Annual report of the Imperial Bacteriological Laboratory, Muktesar
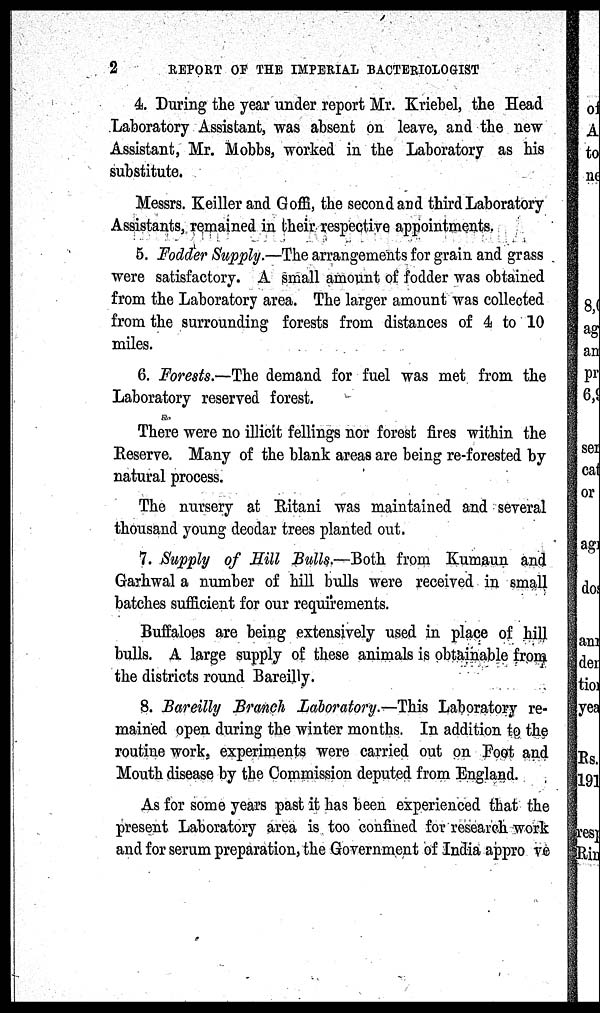
2
REPORT OF THE IMPERIAL BACTERIOLOGIST
4. During the year under report Mr. Kriebel, the Head
Laboratory Assistant, was absent on leave, and the new
Assistant, Mr. Mobbs, worked in the Laboratory as his
substitute.
Messrs. Keiller and Goffi, the second and third Laboratory
Assistants, remained in their respective appointments.
5. Fodder Supply.—The arrangements for grain and grass
were satisfactory. A small amount of fodder was obtained
from the Laboratory area. The larger amount was collected
from the surrounding forests from distances of 4 to 10
miles.
6. Forests.—The demand for fuel was met from the
Laboratory reserved forest.
There were no illicit fellings nor forest fires within the
Reserve. Many of the blank areas are being re-forested by
natural process.
The nursery at Ritani was maintained and several
thousand young deodar trees planted out.
7. Supply of Hill Bulls.—Both from Kumaun and
Garhwal a number of hill bulls were received in small
batches sufficient for our requirements.
Buffaloes are being extensively used in place of hill
bulls. A large supply of these animals is obtainable from
the districts round Bareilly.
8. Bareilly Branch Laboratory.—This Laboratory re-
mained open during the winter months. In addition to the
routine work, experiments were carried out on Foot and
Mouth disease by the Commission deputed from England.
As for some years past it has been experienced that the
present Laboratory area is too confined for research work
and for serum preparation, the Government of India approve